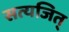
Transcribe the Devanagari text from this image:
सत्यजित्‌